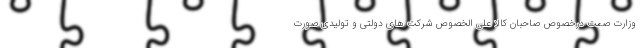
وزارت صمت درخصوص صاحبان کالا علی الخصوص شرکت های دولتی و تولیدی صورت